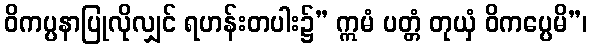
ဝိကပ္ပနာပြုလိုလျှင် ရဟန်းတပါး၌” ဣမံ ပတ္တံ တုယှံ ဝိကပ္ပေမိ”၊